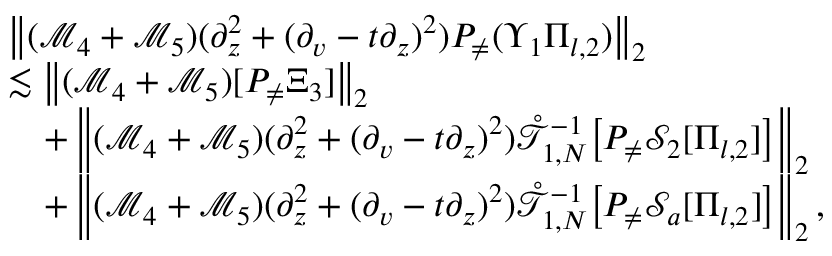
\begin{array} { r l } & { \left\| ( \mathcal { M } _ { 4 } + \mathcal { M } _ { 5 } ) ( \partial _ { z } ^ { 2 } + ( \partial _ { v } - t \partial _ { z } ) ^ { 2 } ) P _ { \neq } ( \Upsilon _ { 1 } \Pi _ { l , 2 } ) \right\| _ { 2 } } \\ & { \lesssim \left\| ( \mathcal { M } _ { 4 } + \mathcal { M } _ { 5 } ) [ P _ { \neq } \Xi _ { 3 } ] \right\| _ { 2 } } \\ & { \quad + \left\| ( \mathcal { M } _ { 4 } + \mathcal { M } _ { 5 } ) ( \partial _ { z } ^ { 2 } + ( \partial _ { v } - t \partial _ { z } ) ^ { 2 } ) \mathring { \mathcal { T } } _ { 1 , N } ^ { - 1 } \big [ P _ { \neq } \mathcal { S } _ { 2 } [ \Pi _ { l , 2 } ] \big ] \right\| _ { 2 } } \\ & { \quad + \left\| ( \mathcal { M } _ { 4 } + \mathcal { M } _ { 5 } ) ( \partial _ { z } ^ { 2 } + ( \partial _ { v } - t \partial _ { z } ) ^ { 2 } ) \mathring { \mathcal { T } } _ { 1 , N } ^ { - 1 } \big [ P _ { \neq } \mathcal { S } _ { a } [ \Pi _ { l , 2 } ] \big ] \right\| _ { 2 } , } \end{array}